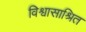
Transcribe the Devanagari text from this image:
विश्वासाश्रित